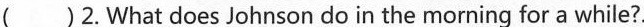
( )2. What does Johnson do in the morning for a while?.